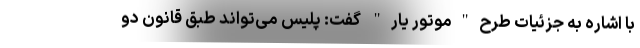
با اشاره به جزئیات طرح"موتور یار" گفت: پلیس می‌تواند طبق قانون دو